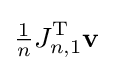
{\tfrac {1}{n}}J_{n,1}^{\textrm {T}}\mathbf {v}